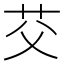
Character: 𫇫